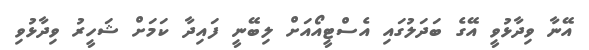
އޭނާ ވިދާޅުވީ އޭގެ ބަދަލުގައި އެސްޓީއޯއަށް ލިބޭނީ ފައިދާ ކަމަށް ޝަހީރު ވިދާޅުވި